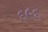
૬૯૬